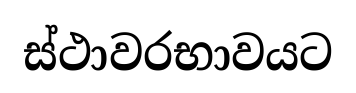
ස්ථාවරභාවයට